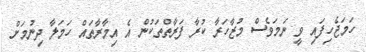
ހަމަޖެހިފައި ވީ ނަމަވެސް މުޒާހަރާ ކުރާ ފަރާތްތަކުން އެ އިމާރާތައް ހަމަލާ ދިނުމަށް